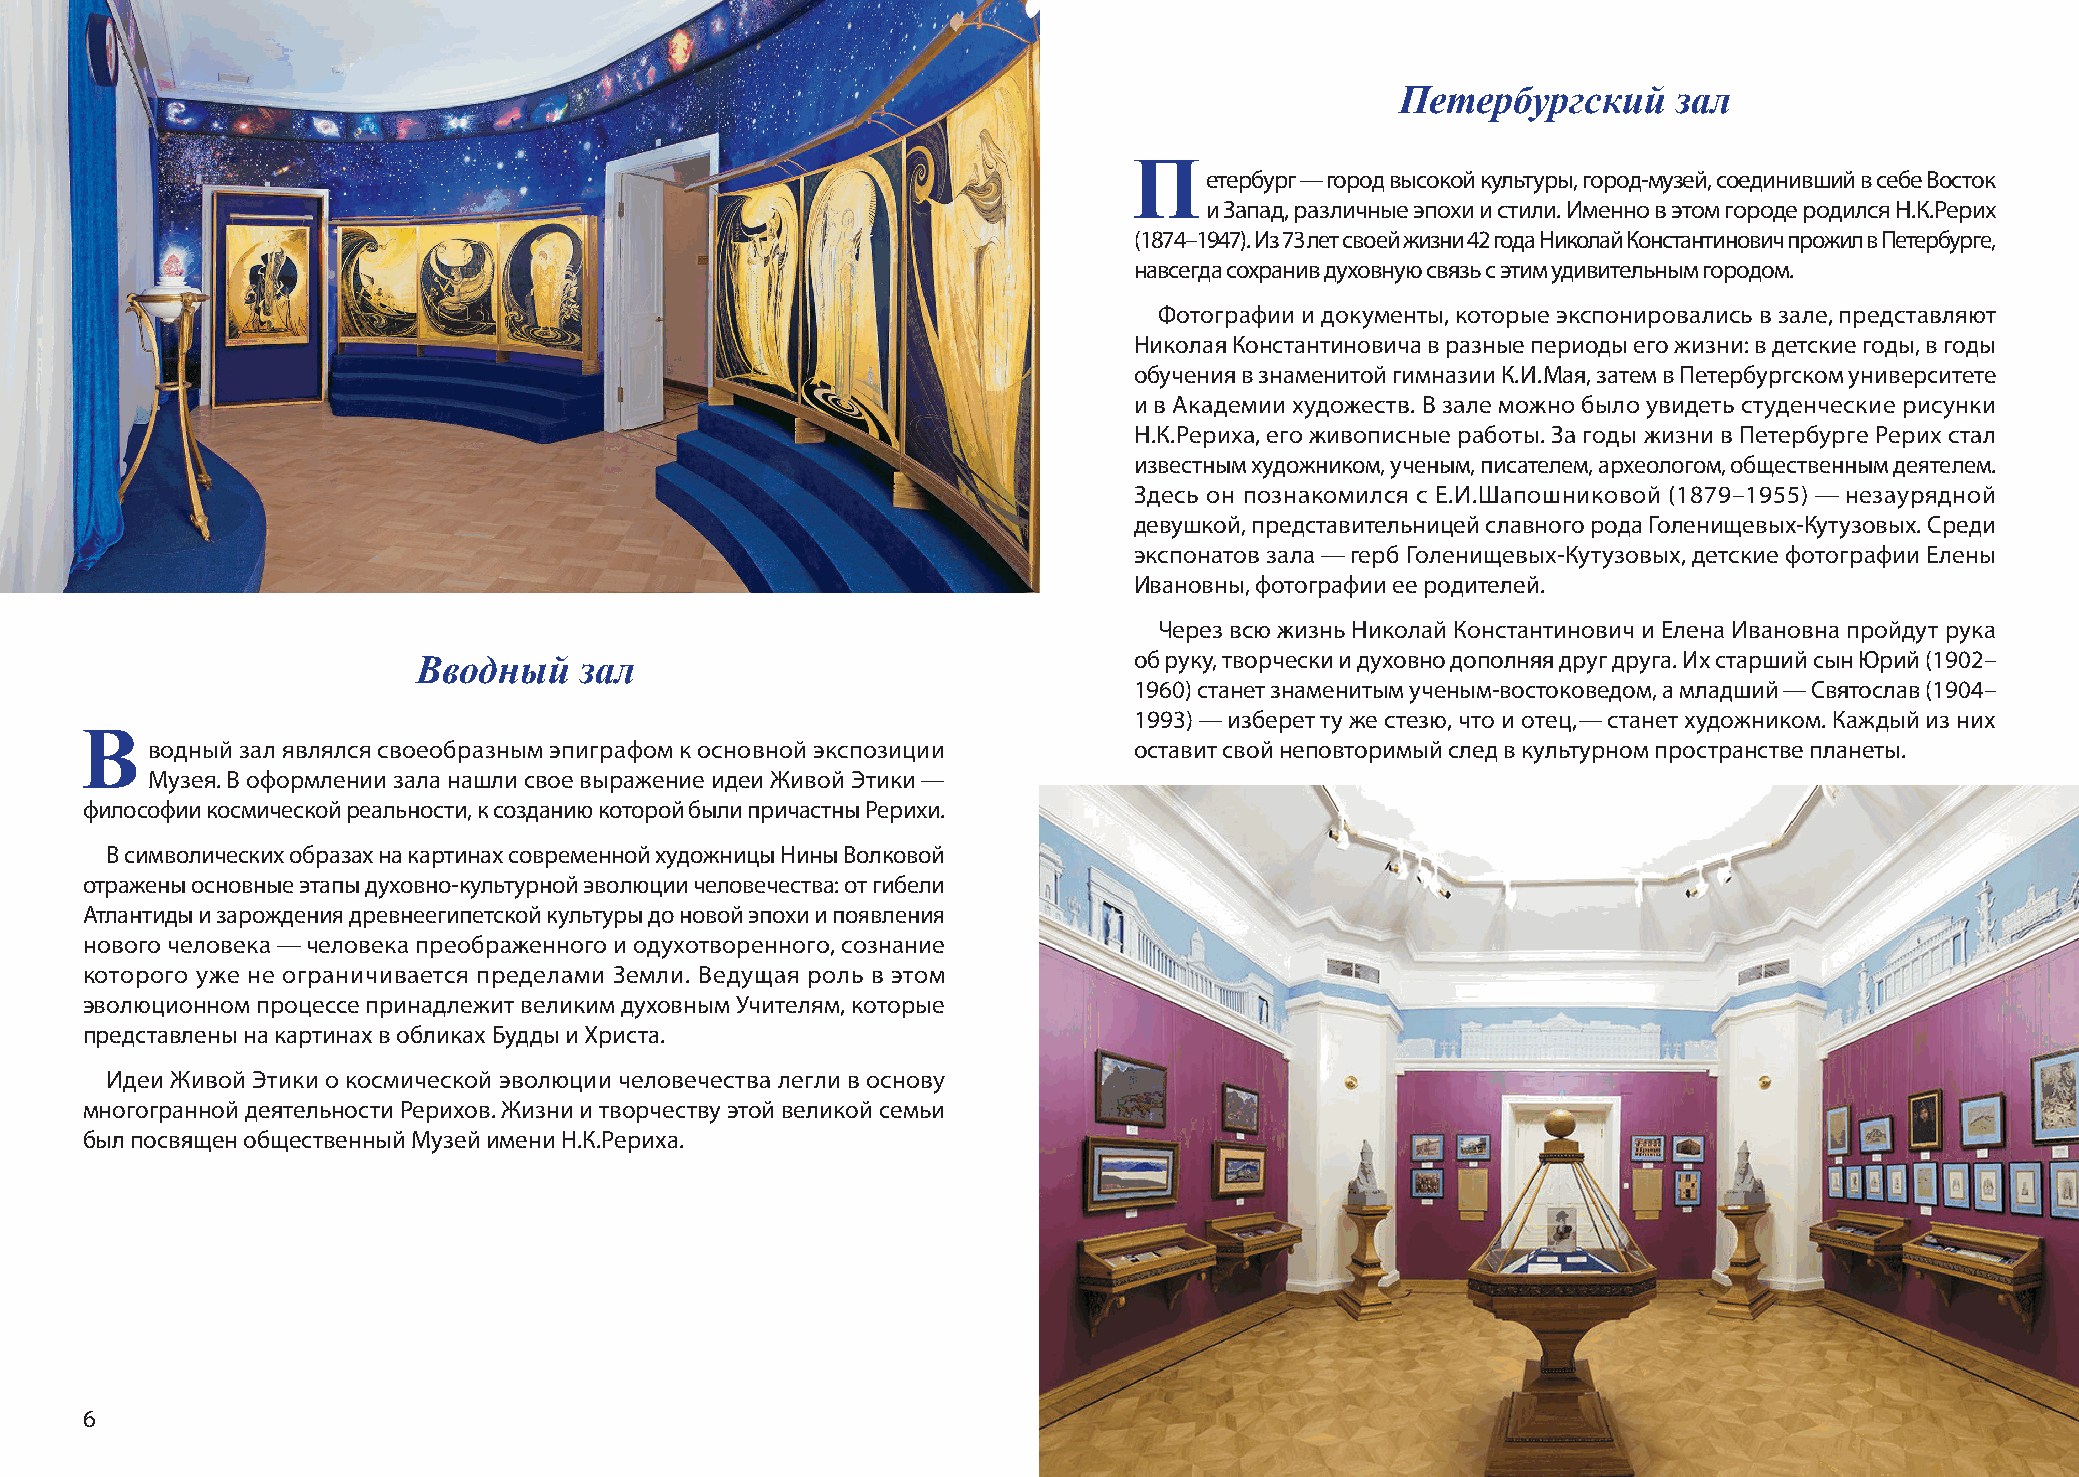
Петербургский     зал
 П
 етербург — город высокой культуры, город‑м узей, соединивший в себе Восток
 и Запад, различные эпохи и стили. Именно в этом городе родился Н.К.Рерих
 (1874–1947). Из 73 лет своей жизни 42 года Николай Константинович прожил в Петербурге,
 навсегда сохранив духовную связь с этим удивительным городом.
 Фотографии и документы, которые экспонировались в зале, представляют
 Николая Константиновича в разные периоды его жизни: в детские годы, в годы
 обучения в знаменитой гимназии К. И. Мая, затем в Петербургском университете
 и в Академии художеств. В зале можно было увидеть студенческие рисунки
 Н.К.Рериха, его живописные работы. За годы жизни в Петербурге Рерих стал
 известным художником, ученым, писателем, археологом, общественным деятелем.
 Здесь он познакомился с Е.И.Шапошниковой (1879–1955) — незаурядной
 девушкой, представительницей славного рода Голенищевых‑ Кутузовых. Среди
 экспонатов зала — герб Голенищевых‑ Кутузовых, детские фотографии Елены
 Ивановны, фотографии ее родителей.
 Через всю жизнь Николай Константинович и Елена Ивановна пройдут рука
 об руку, творчески и духовно дополняя друг друга. Их старший сын Юрий (1902–
 Вводный   зал
 1960) станет знаменитым ученым‑в остоковедом, а младший — Святослав (1904–
 1993) — изберет ту же стезю, что и отец, — станет художником. Каждый из них
 В
 водный зал являлся своеобразным эпиграфом к основной экспозиции  оставит свой неповторимый след в культурном пространстве планеты.
 Музея. В оформлении зала нашли свое выражение идеи Живой Этики —
 философии космической реальности, к созданию которой были причастны Рерихи.
 В символических образах на картинах современной художницы Нины Волковой
 отражены основные этапы духовно‑к ультурной эволюции человечества: от гибели
 Атлантиды и зарождения древнеегипетской культуры до новой эпохи и появления
 нового человека — человека преображенного и одухотворенного, сознание
 которого уже не ограничивается пределами Земли. Ведущая роль в этом
 эволюционном процессе принадлежит великим духовным Учителям, которые
 представлены на картинах в обликах Будды и Христа.
 Идеи Живой Этики о космической эволюции человечества легли в основу
 многогранной деятельности Рерихов. Жизни и творчеству этой великой семьи
 был посвящен общественный Музей имени Н.К.Рериха.
 6                                                                                                                             7